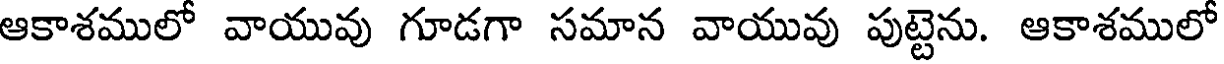
ఆకాశములో వాయువు గూడగా సమాన వాయువు పుట్టెను. ఆకాశములో